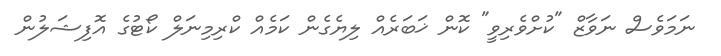
ނަމަވެސް ނަވާޒް "ކުށްވެރިވީ" ކޮން ޚަބަރެއް ލިޔެގެން ކަމެއް ކްރިމިނަލް ކޯޓުގެ އޮފިޝަލުން